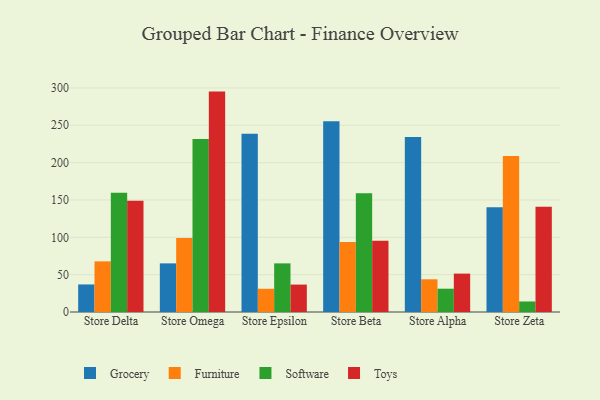
{"axis": {"x": "Store", "y": "Website Visitors"}, "legend": ["Furniture", "Grocery", "Software", "Toys"], "data": [{"x": "Store Delta", "y": 36.9, "type": "Grocery"}, {"x": "Store Delta", "y": 67.8, "type": "Furniture"}, {"x": "Store Delta", "y": 159.5, "type": "Software"}, {"x": "Store Delta", "y": 148.9, "type": "Toys"}, {"x": "Store Omega", "y": 65.1, "type": "Grocery"}, {"x": "Store Omega", "y": 99.1, "type": "Furniture"}, {"x": "Store Omega", "y": 231.7, "type": "Software"}, {"x": "Store Omega", "y": 295.1, "type": "Toys"}, {"x": "Store Epsilon", "y": 238.7, "type": "Grocery"}, {"x": "Store Epsilon", "y": 31.1, "type": "Furniture"}, {"x": "Store Epsilon", "y": 65.1, "type": "Software"}, {"x": "Store Epsilon", "y": 36.7, "type": "Toys"}, {"x": "Store Beta", "y": 255.3, "type": "Grocery"}, {"x": "Store Beta", "y": 93.7, "type": "Furniture"}, {"x": "Store Beta", "y": 159.1, "type": "Software"}, {"x": "Store Beta", "y": 95.4, "type": "Toys"}, {"x": "Store Alpha", "y": 234.2, "type": "Grocery"}, {"x": "Store Alpha", "y": 43.8, "type": "Furniture"}, {"x": "Store Alpha", "y": 31.2, "type": "Software"}, {"x": "Store Alpha", "y": 51.4, "type": "Toys"}, {"x": "Store Zeta", "y": 140.1, "type": "Grocery"}, {"x": "Store Zeta", "y": 208.8, "type": "Furniture"}, {"x": "Store Zeta", "y": 14.1, "type": "Software"}, {"x": "Store Zeta", "y": 140.8, "type": "Toys"}]}